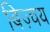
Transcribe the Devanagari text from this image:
बिज़्चय